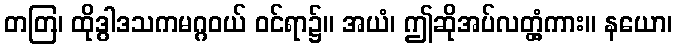
တတြ၊ ထိုဒွါဒသကမဂ္ဂဝယ် ဝင်ရာ၌။ အယံ၊ ဤဆိုအပ်လတ္တံ့ကား။ နယော၊